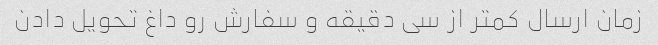
زمان ارسال کمتر از سی دقیقه و سفارش رو داغ تحویل دادن